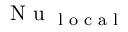
\textrm { N u } _ { \textrm { l o c a l } }